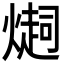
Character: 𤏉